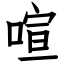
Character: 喧